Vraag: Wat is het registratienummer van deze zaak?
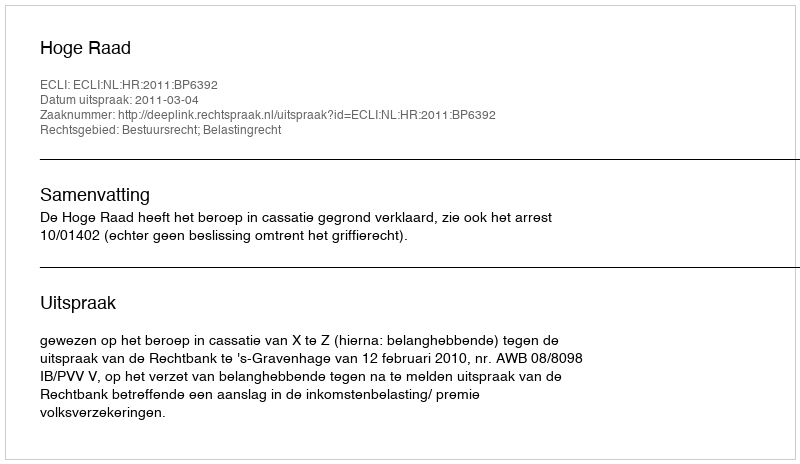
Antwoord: http://deeplink.rechtspraak.nl/uitspraak?id=ECLI:NL:HR:2011:BP6392